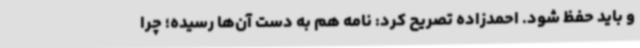
و باید حفظ شود. احمدزاده تصریح کرد: نامه هم به دست آن‌ها رسیده؛ چرا